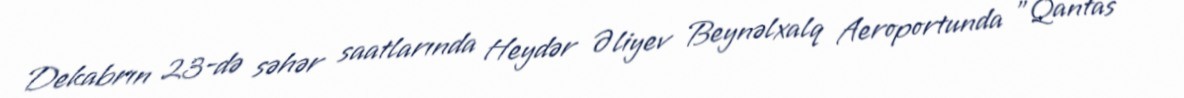
Dekabrın 23-də səhər saatlarında Heydər Əliyev Beynəlxalq Aeroportunda "Qantas